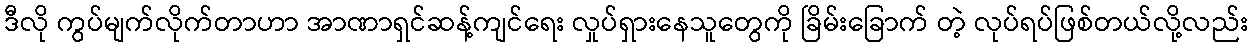
ဒီလို ကွပ်မျက်လိုက်တာဟာ အာဏာရှင်ဆန့်ကျင်ရေး လှုပ်ရှားနေသူတွေကို ခြိမ်းခြောက် တဲ့ လုပ်ရပ်ဖြစ်တယ်လို့လည်း